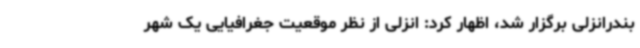
بندرانزلی برگزار شد، اظهار کرد: انزلی از نظر موقعیت جغرافیایی یک شهر